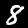
Label: 8